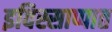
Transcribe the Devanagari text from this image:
इविस्साप्पात